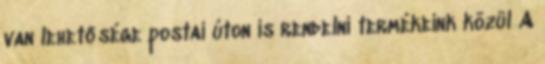
van lehetősége postai úton is rendelni termékeink közül A